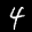
Label: 4